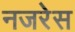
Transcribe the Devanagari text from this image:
नजरेेस